Indian journal of veterinary science and animal husbandry - Volumes 18-21, 1948-1951
Year: 1948
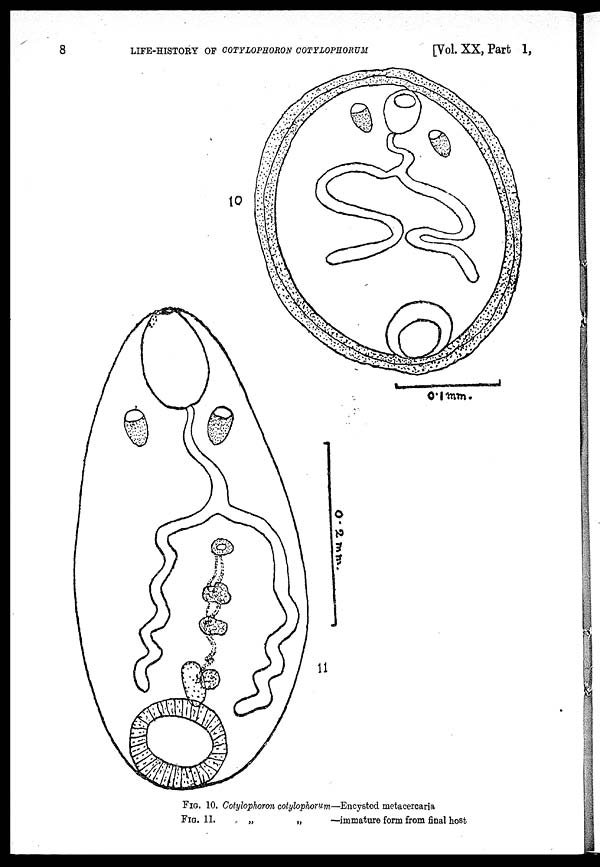
8
LIFE-HISTORY OF COTYLOPHORON COTYLOPHORUM
[Vol. XX, Part 1,
FIG. 10. Cotylophoron cotylophorum—Encysted metacercaria
FIG. 11.
„
„
—immature form from final host